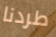
طردنا